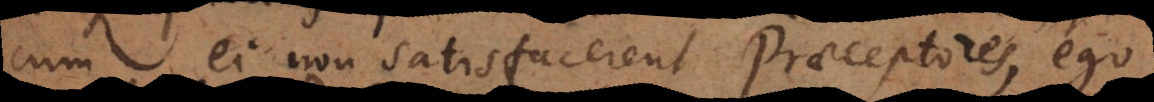
cum ei non satisfacerent Praeceptores, ego